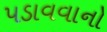
પડાવવાનો